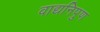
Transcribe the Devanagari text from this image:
वाद्यनिपुण